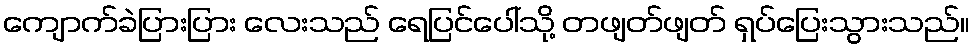
ကျောက်ခဲပြားပြား လေးသည် ရေပြင်ပေါ်သို့ တဖျတ်ဖျတ် ရှပ်ပြေးသွားသည်။